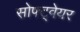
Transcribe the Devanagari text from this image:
सोफ्ट्वेयर